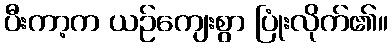
ပီးကာ့က ယဉ်ကျေးစွာ ပြုံးလိုက်၏။